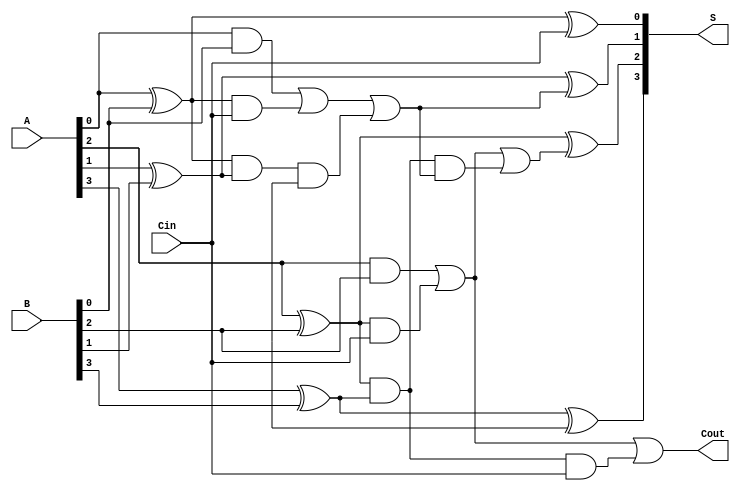
module HanCarlsonAdder #(parameter N = 4) (
    input  [N-1:0] A,      // First n-bit input
    input  [N-1:0] B,      // Second n-bit input
    input          Cin,     // Carry-in
    output [N-1:0] S,      // Sum output
    output         Cout     // Carry-out
);

    // Internal signals
    wire [N-1:0] P;        // Propagate signals
    wire [N-1:0] G;        // Generate signals
    wire [N/2-1:0] C;      // Carry signals for groups
    wire [N/2:0] G_group;  // Group generates
    wire [N/2:0] P_group;  // Group propagates

    // Generate and propagate for each bit
    genvar i;
    generate
        for (i = 0; i < N; i = i + 1) begin : gen_prop
            assign P[i] = A[i] ^ B[i]; // Propagate
            assign G[i] = A[i] & B[i]; // Generate
        end
    endgenerate

    // Carry generation for groups
    generate
        for (i = 0; i < N/2; i = i + 1) begin : group_carry
            assign G_group[i] = G[i*2] | (P[i*2] & Cin); // Group Generate
            assign P_group[i] = P[i*2] & P[i*2 + 1];     // Group Propagate
            assign C[i] = G_group[i] | (P_group[i] & C[i-1]); // Carry out for groups
        end
    endgenerate

    // Final carry out
    assign Cout = G_group[N/2-1] | (P_group[N/2-1] & Cin);

    // Sum calculation
    generate
        for (i = 0; i < N; i = i + 1) begin : sum_calculation
            if (i == 0) begin
                assign S[i] = P[i] ^ Cin; // Sum for least significant bit
            end else begin
                assign S[i] = P[i] ^ C[i-1]; // Sum for other bits
            end
        end
    endgenerate

endmodule